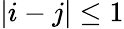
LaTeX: |i-j|\leq 1